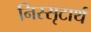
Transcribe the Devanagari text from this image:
निस्सृटार्थ